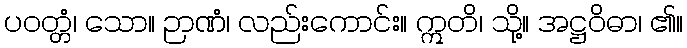
ပဝတ္တံ၊ သော။ ဉာဏံ၊ လည်းကောင်း။ ဣတိ၊ သို့။ အဋ္ဌဝိဓာ၊ ၏။